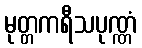
မုတ္တကရီသပုဏ္ဏံ